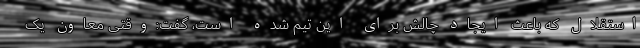
استقلال که باعث ایجاد چالش برای این تیم شده است، گفت:وقتی معاون یک